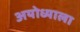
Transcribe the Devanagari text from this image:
अयोध्याला